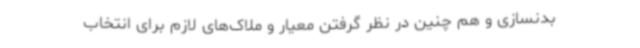
بدنسازی و هم چنین در نظر گرفتن معیار و ملاک‌های لازم برای انتخاب